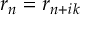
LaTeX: r _ { n } = r _ { n + i k }